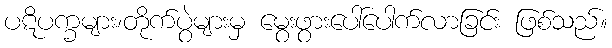
ပဋိပက္ခများ၊တိုက်ပွဲများမှ မွေးဖွားပေါ်ပေါက်လာခြင်း ဖြစ်သည်။